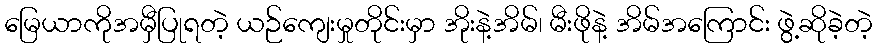
မြေယာကိုအမှီပြုရတဲ့ ယဉ်ကျေးမှုတိုင်းမှာ အိုးနဲ့အိမ်၊ မီးဖိုနဲ့ အိမ်အကြောင်း ဖွဲ့ဆိုခဲ့တဲ့